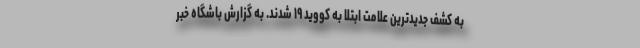
به کشف جدیدترین علامت ابتلا به کووید ۱۹ شدند. به گزارش باشگاه خبر